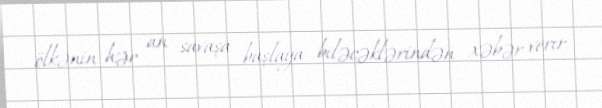
ölkənin hər an savaşa başlaya biləcəklərindən xəbər verir.